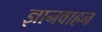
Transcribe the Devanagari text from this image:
ज्ञानवाहन